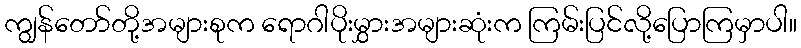
ကျွန်တော်တို့အများစုက ရောဂါပိုးမွှားအများဆုံးက ကြမ်းပြင်လို့ပြောကြမှာပါ။